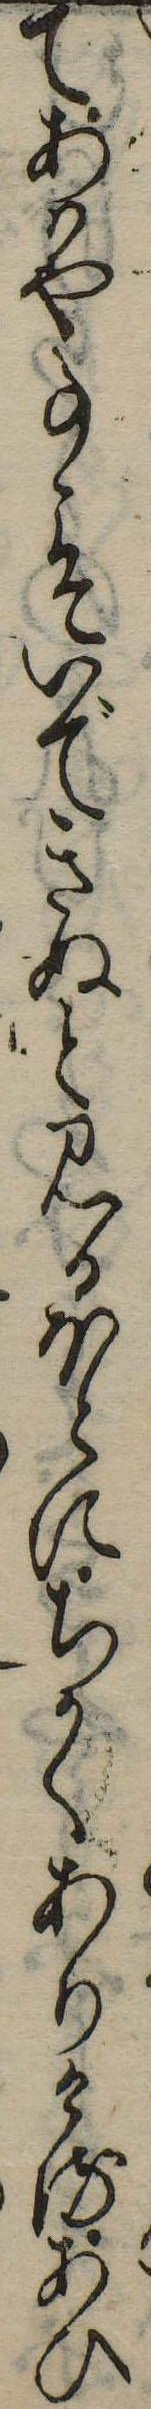
てあはや事こそいできぬと見るほとにちかくありけるあひ